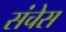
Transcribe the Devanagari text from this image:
संचेस